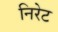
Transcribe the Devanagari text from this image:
निरेट